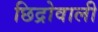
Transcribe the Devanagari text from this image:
छिद्रोवाली